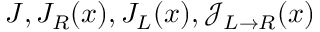
J , J _ { R } ( x ) , J _ { L } ( x ) , \mathcal { J } _ { L \rightarrow R } ( x )